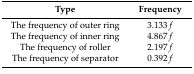
<table><thead><tr><td><b>Type</b></td><td><b>Frequency</b></td></tr></thead><tbody><tr><td>The frequency of outer ring</td><td>3.133 <i>f</i></td></tr><tr><td>The frequency of inner ring</td><td>4.867 <i>f</i></td></tr><tr><td>The frequency of roller</td><td>2.197 <i>f</i></td></tr><tr><td>The frequency of separator</td><td>0.392 <i>f</i></td></tr></tbody></table>